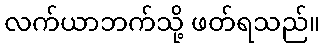
လက်ယာဘက်သို့ ဖတ်ရသည်။